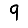
Digit: 9